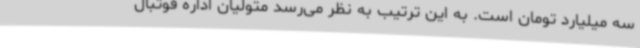
سه میلیارد تومان است. به این ترتیب به نظر می‌رسد متولیان اداره فوتبال